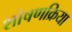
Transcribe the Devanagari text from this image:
शोषणक्रिया